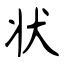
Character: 状